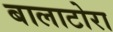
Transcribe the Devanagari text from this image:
बालाटोरा